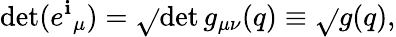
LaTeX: \operatorname*{det}({e^{\mathbf{i}}}_{\mu})=\sqrt{}{{\operatorname*{det}g_{\mu\nu}(q)}}\equiv\sqrt{}{{g(q)}},